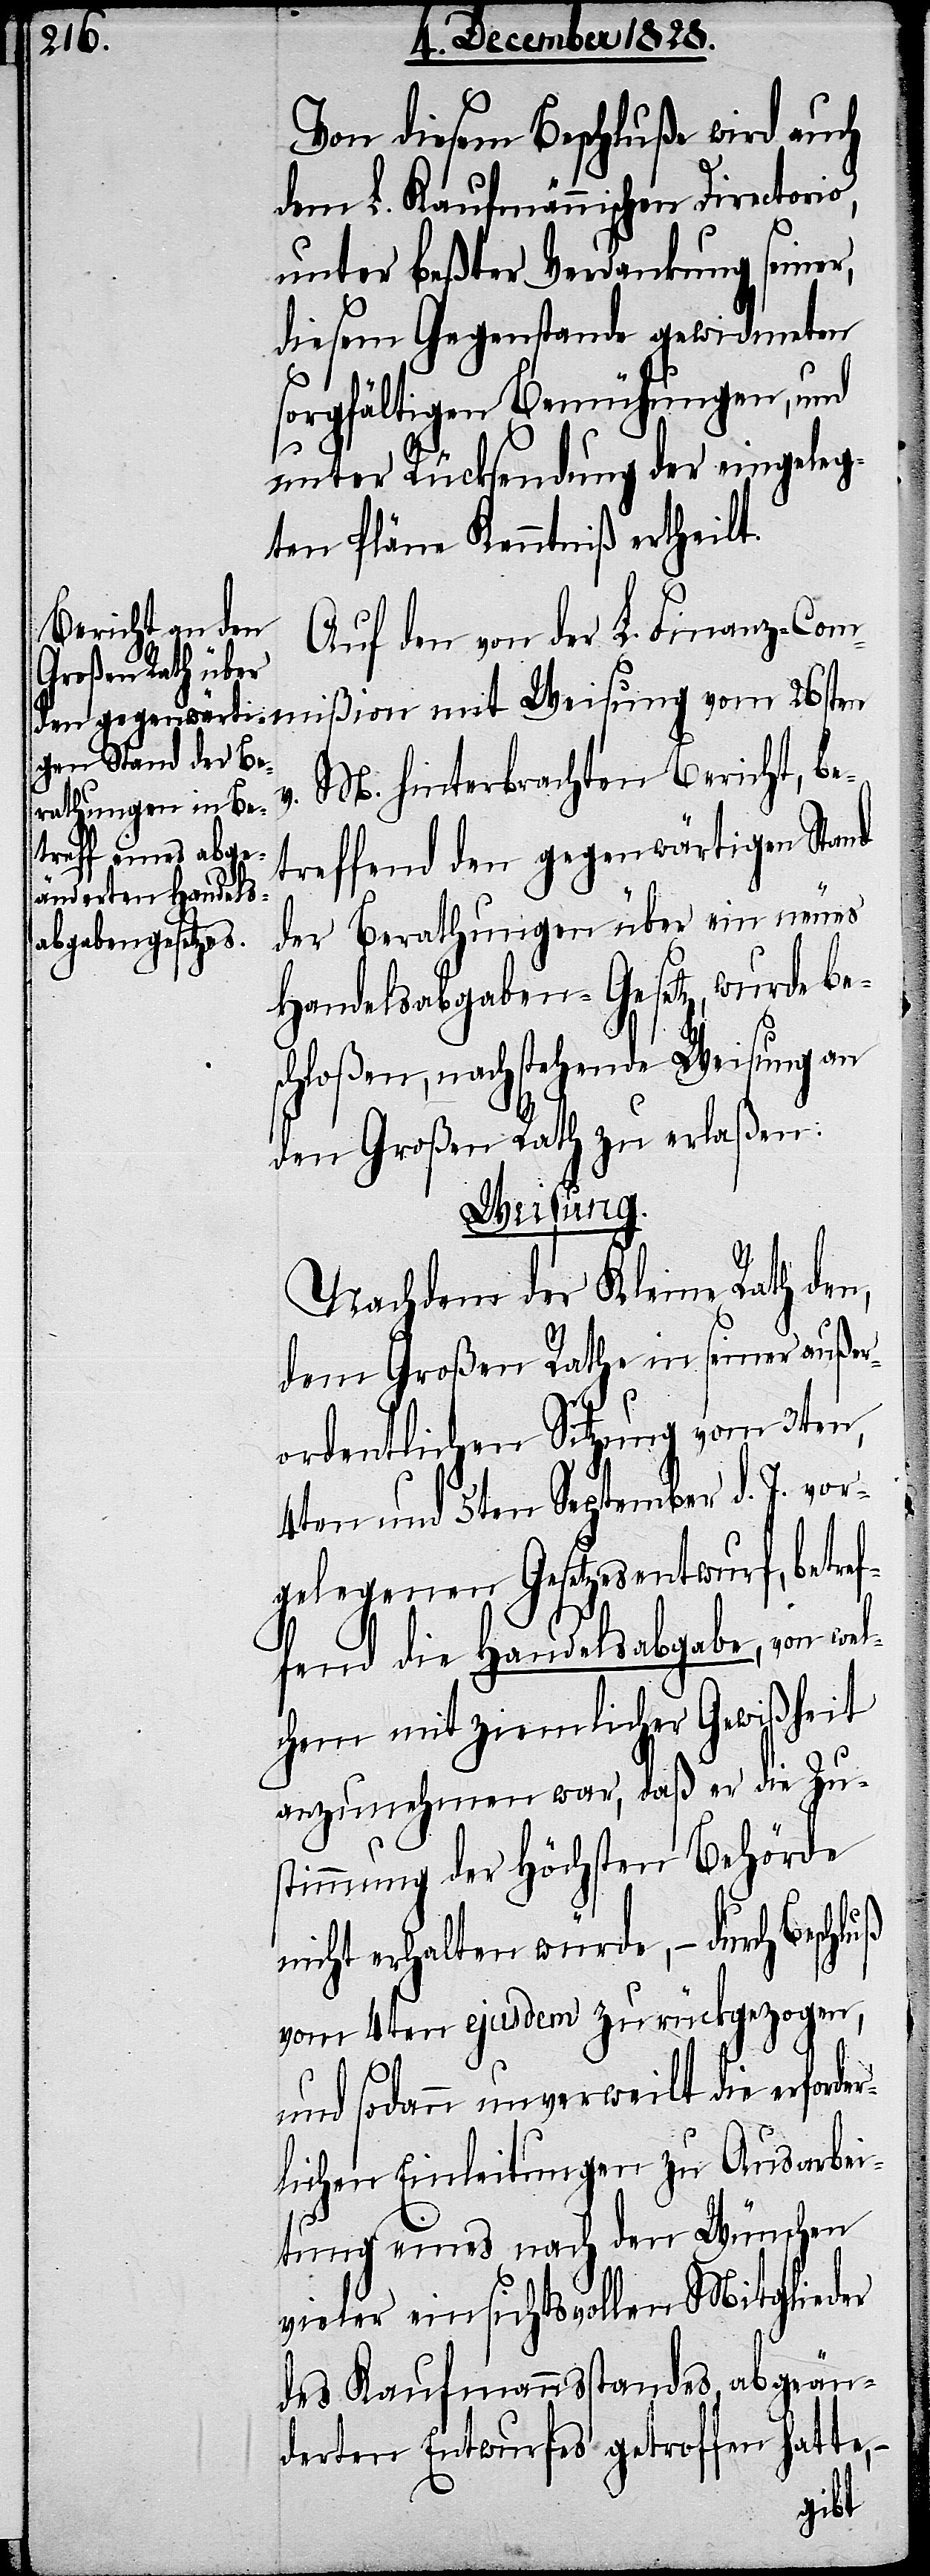
Von diesem Beschluße wird auch
dem L. Kaufmännischen Directorio,
unter beßter Verdankung seiner,
diesem Gegenstande gewidmeten
sorgfältigen Bemühungen, und
unter Rücksendung der eingeleg¬
ten Pläne Kenntniß ertheilt.
Auf den von der L. Finanz-Com¬
v. M. hinterbrachten Bericht, be¬
treffend den gegenwärtigen Stand
der Berathungen über ein neues
Handelsabgaben-Gesetz, wurde be¬
schloßen, nachstehende Weisung an
den Großen Rath zu erlaßen:
Weisung.
Nachdem der Kleine Rath den,
dem Großen Rathe in seiner außer¬
ordentlichen Sitzung vom 3ten,
4ten und 5ten September d. J. vor¬
gelegenen Gesetzesentwurf, betref¬
fend die Handelsabgabe, von wel¬
chem mit ziemlicher Gewißheit
anzunehmen war, daß er die Zu¬
stimmung der Höchsten Behörde
nicht erhalten würde, – durch
vom 4ten ejusdem zurückgezogen,
und sodann unverweilt die erforde¬
rlichen Einleitungen zu Ausarbei¬
tung eines nach den Wünschen
vieler einsichtsvollen Mitglieder
des Kaufmannsstandes abgeän¬
derten Entwurfes getroffen hatte,
mit